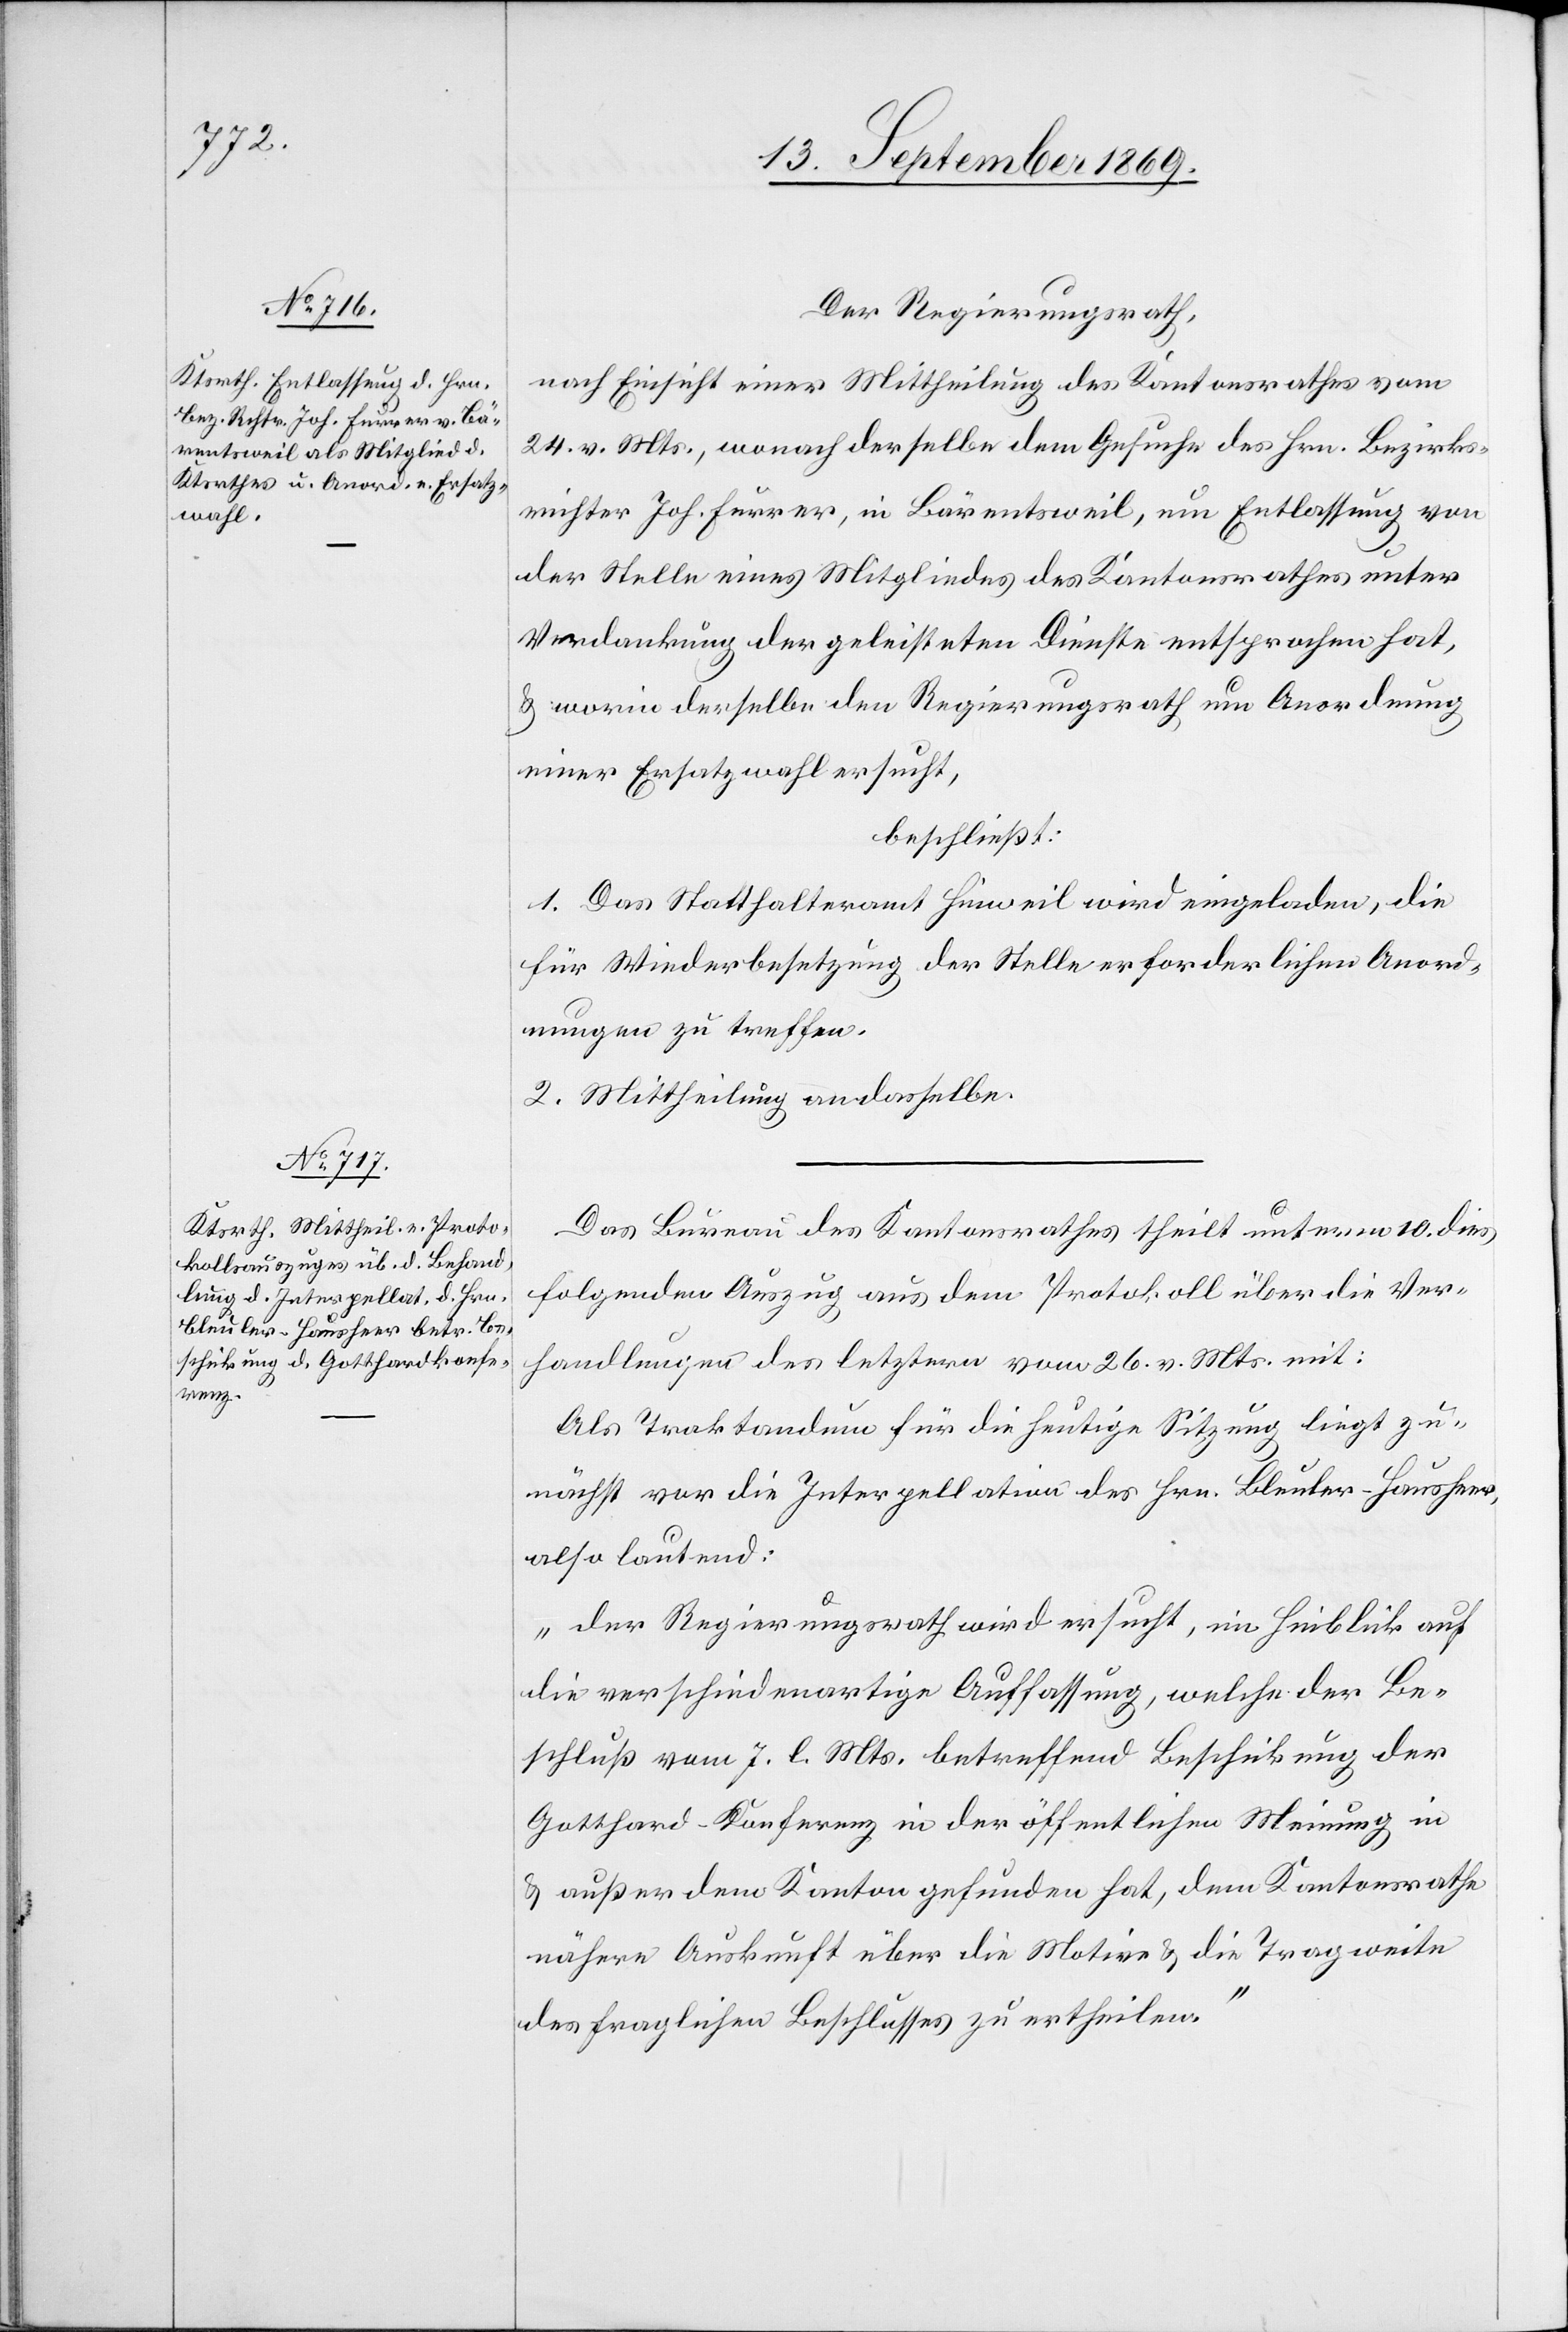
Der Regierungsrath,
nach Einsicht einer Mittheilung des Kantonsrathes vom
24. v. Mts., wonach derselbe dem Gesuche des Hrn. Bezirks¬
richter Joh. Furrer, in Bärentsweil, um Entlassung von
der Stelle eines Mitgliedes des Kantonsrathes unter
Verdankung der geleisteten Dienste entsprochen hat,
& worin derselbe den Regierungsrath um Anordnung
einer Ersatzwahl ersucht,
beschließt:
1. Das Statthalteramt Hinweil wird eingeladen, die
für Wiederbesetzung der Stelle erforderlichen Anord¬
nungen zu treffen.
2. Mittheilung an dasselbe.
Das Bureau des Kantonsrathes theilt unterm 10. dies
folgenden Auszug aus dem Protokoll über die Ver¬
handlungen des letztern vom 26. v. Mts. mit:
Als Traktandum für die heutige Sitzung liegt zu¬
nächst vor die Interpellation des Hrn. Bleuler-Hausheer,
also lautend:
„Der Regierungsrath wird ersucht, im Hinblick auf
die verschiedenartige Auffassung, welche der Be¬
schluß vom 7. l. Mts. betreffend Beschickung der
Gotthard-Konferenz in der öffentlichen Meinung in
& außer dem Kanton gefunden hat, dem Kantonsrathe
nähere Auskunft über die Motive & die Tragweite
des fraglichen Beschlusses zu ertheilen.“